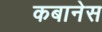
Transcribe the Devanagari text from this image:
कबानेस